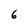
Character: 6